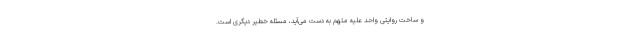
و ساخت روایتی واحد علیه متهم به دست می‌آید، مسئله خطیر دیگری است.